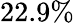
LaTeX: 22.9\%